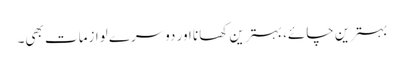
بہترین چائے، بہترین کھانا اور دوسرے لوازمات بھی۔